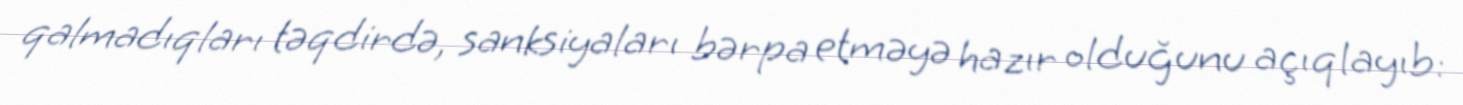
qalmadıqları təqdirdə, sanksiyaları bərpa etməyə hazır olduğunu açıqlayıb: